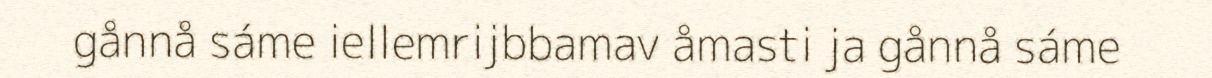
gånnå sáme iellemrijbbamav åmasti ja gånnå sáme